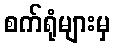
စက်ရုံများမှ